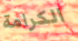
الكرامة